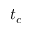
t _ { c }